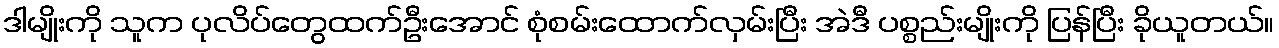
ဒါမျိုးကို သူက ပုလိပ်တွေထက်ဦးအောင် စုံစမ်းထောက်လှမ်းပြီး အဲဒီ ပစ္စည်းမျိုးကို ပြန်ပြီး ခိုယူတယ်။